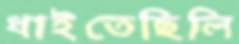
ধাইতেছিলি